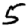
Digit: 5